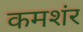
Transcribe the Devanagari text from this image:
कमशंर